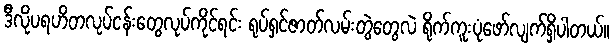
ဒီလိုပရဟိတလုပ်ငန်းတွေလုပ်ကိုင်ရင်း ရုပ်ရှင်ဇာတ်လမ်းတွဲတွေလဲ ရိုက်ကူးပုံဖော်လျက်ရှိပါတယ်။